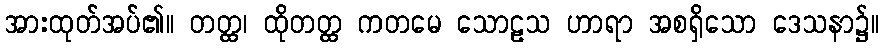
အားထုတ်အပ်၏။ တတ္ထ၊ ထိုတတ္ထ ကတမေ သောဠသ ဟာရာ အစရှိသော ဒေသနာ၌။